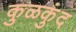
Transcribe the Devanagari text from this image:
कुळकुंद